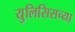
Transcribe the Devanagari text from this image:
युलिसिसच्या